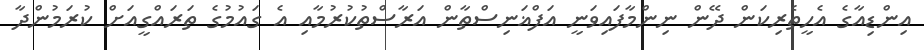
އިންޑިއާގެ އެހީތެރިކަން ދޭން ނިންމާފައިވަނީ އަފްޣަނިސްތާން އަރާސްތުކުރުމާއި އެ ގައުމުގެ ތަރައްގީއަށް ކުރަމުންދާ